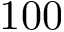
1 0 0